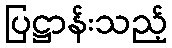
ပြဋ္ဌာန်းသည့်